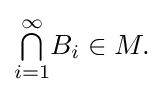
{\textstyle {\textstyle \bigcap \limits _{i=1}^{\infty }}B_{i}\in M.}